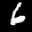
Label: 6